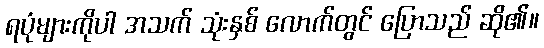
ရပုံများကိုပါ အသက် သုံးနှစ် လောက်တွင် ပြောသည် ဆို၏။